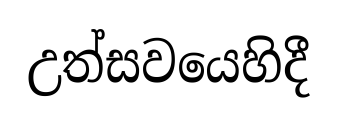
උත්සවයෙහිදී